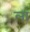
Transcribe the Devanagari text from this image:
लां